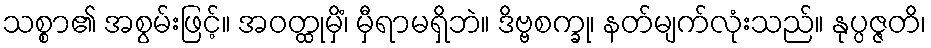
သစ္စာ၏ အစွမ်းဖြင့်။ အဝတ္ထုမှိံ၊ မှီရာမရှိဘဲ။ ဒိဗ္ဗစက္ခု၊ နတ်မျက်လုံးသည်။ နုပ္ပဇ္ဇတိ၊